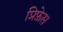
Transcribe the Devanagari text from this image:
प्रिफ़ेस